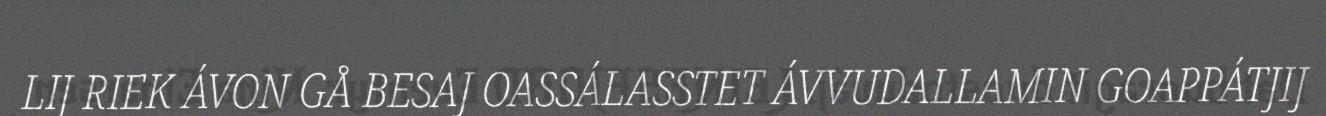
LIJ RIEK ÁVON GÅ BESAJ OASSÁLASSTET ÁVVUDALLAMIN GOAPPÁTJIJ